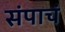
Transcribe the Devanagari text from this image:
संपाचं